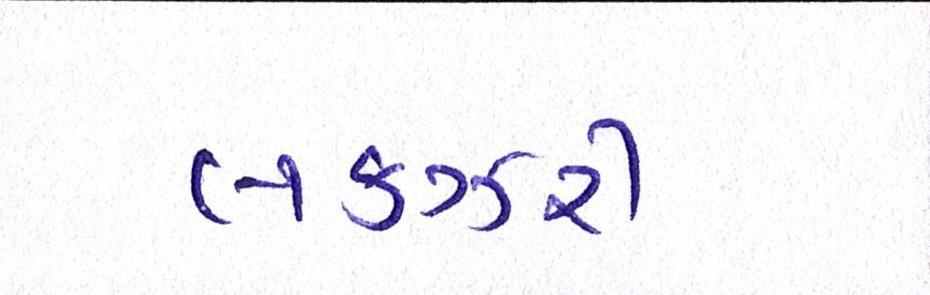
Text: લકઝરી